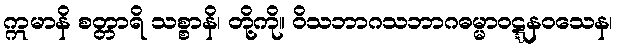
ဣမာနိ စတ္တာရိ သစ္စာနိ၊ တို့ကို။ ဝိသဘာဂသဘာဂဓမ္မာဝဋ္ဋနဝသေန၊